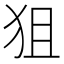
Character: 狙